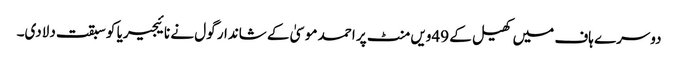
دوسرے ہاف میں کھیل کے 49ویں منٹ پر احمد موسیٰ کے شاندار گول نے نائیجیریا کو سبقت دلادی۔